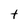
Character: t